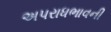
અપરાધભાવની